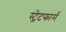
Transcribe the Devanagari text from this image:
स्ट्रेटफार्म